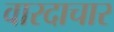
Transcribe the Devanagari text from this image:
वारदाचार